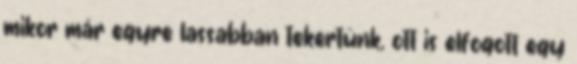
mikor már egyre lassabban tekertünk, ott is elfogott egy